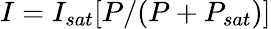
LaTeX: I=I_{sat}[P/(P+P_{sat})]